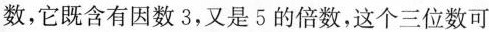
数，它既含有因数3，又是5的倍数，这个三位数可